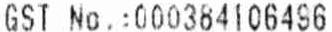
GST NO.:000384106496